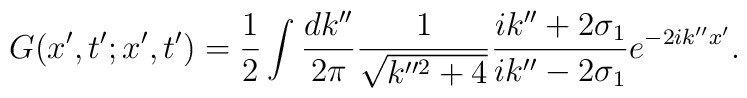
G(x',t';x',t')=\frac{1}{2}\int\frac{dk''}{2\pi}\frac{1}{\sqrt{k''^{2}+4}}\frac{ik''+2\sigma_{1}}{ik''-2\sigma_{1}}e^{-2ik''x'}.